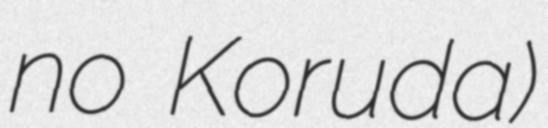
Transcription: no Koruda)